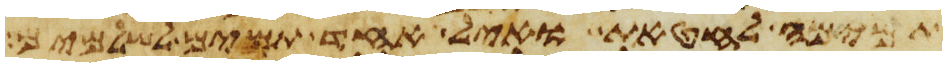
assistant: תמימה לחטאת ואיל אחד תמים לשלמים